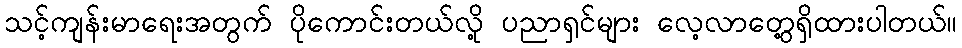
သင့်ကျန်းမာရေးအတွက် ပိုကောင်းတယ်လို့ ပညာရှင်များ လေ့လာတွေ့ရှိထားပါတယ်။